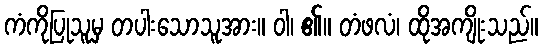
ကံကိုပြုသူမှ တပါးသောသူအား။ ဝါ၊ ၏။ တံဖလံ၊ ထိုအကျိုးသည်။